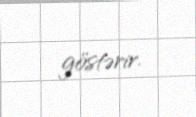
göstərir.